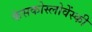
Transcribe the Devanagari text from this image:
केसकोस्लोवेंस्की